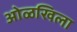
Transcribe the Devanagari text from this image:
ओळखिला